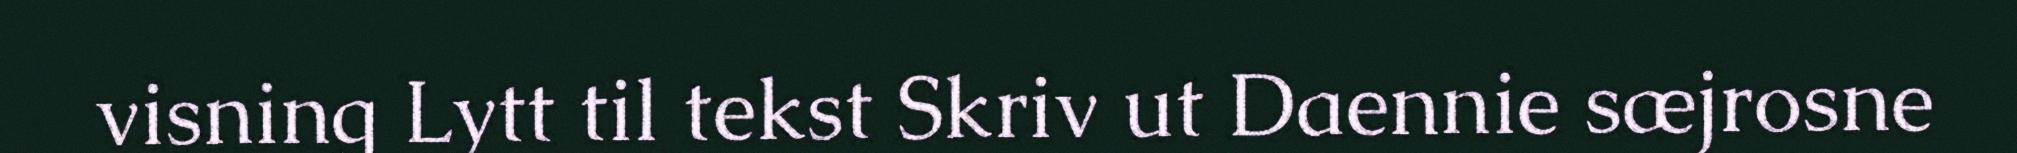
visning Lytt til tekst Skriv ut Daennie sæjrosne